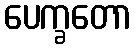
ပေက္ခတော